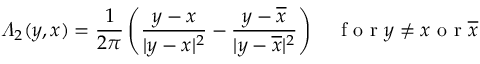
\varLambda _ { 2 } ( y , x ) = \frac { 1 } { 2 \pi } \left( \frac { y - x } { | y - x | ^ { 2 } } - \frac { y - \overline { { x } } } { | y - \overline { { x } } | ^ { 2 } } \right) \quad \textrm { f o r } y \neq x \textrm { o r } \overline { { x } }